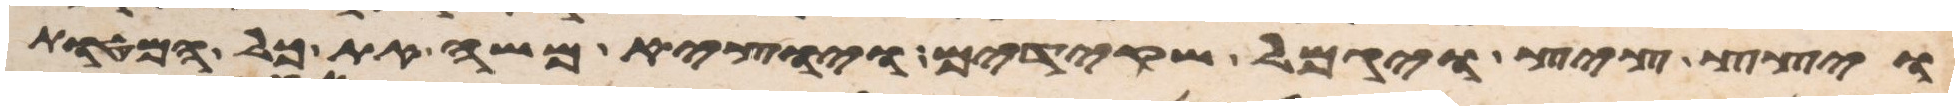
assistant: ויצץ ציץ ויגמל שקידים ויוצא משה את כל המטות